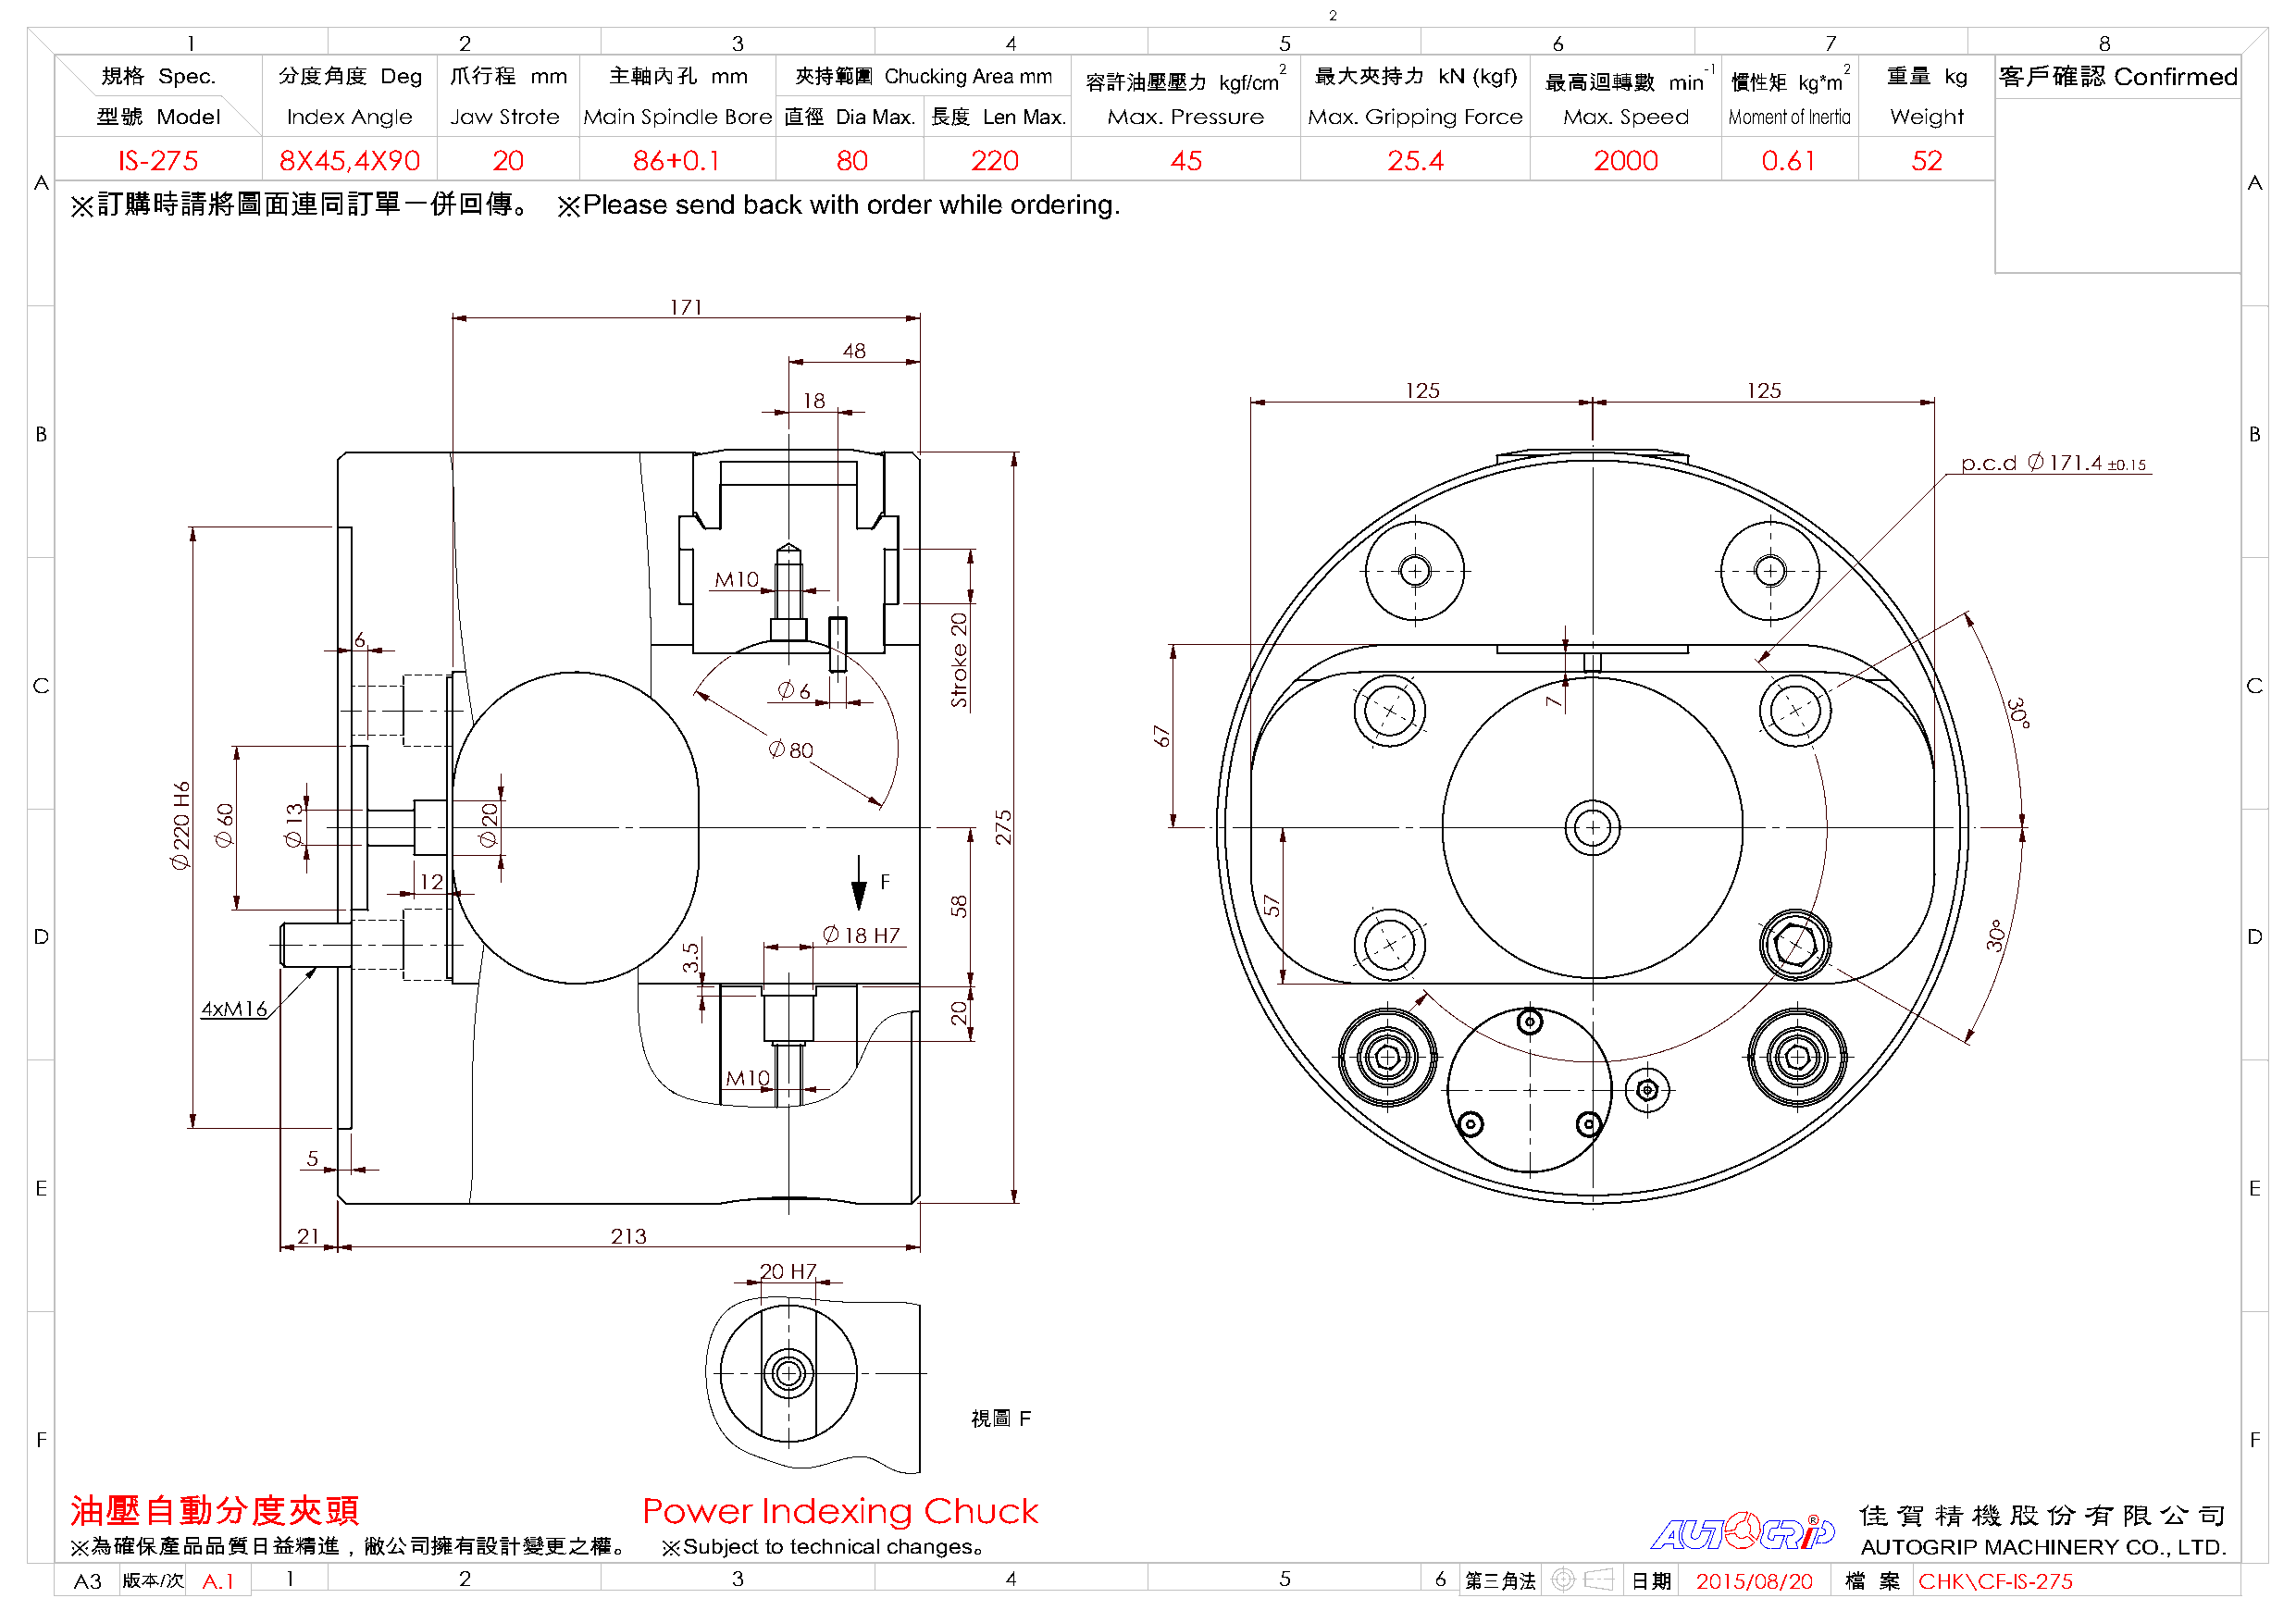
2
 1                   2                  3                   4                  5                   6                   7                  8
 規格  Spec.    分度角度   Deg  爪行程   mm   主軸內孔    mm    夾持範圍  Chucking Area mm            2  最大夾持力    kN (kgf)           -1        2  重量  kg  客戶確認    Confirmed
 容許油壓壓力   kgf/cm                 最高迴轉數    min  慣性矩  kg*m
 型號  Model    Index Angle Jaw Strote Main Spindle Bore 直徑 Dia Max. 長度 Len Max. Max. Pressure Max. Gripping Force Max. Speed Moment of Inertia Weight
 IS-275     8X45,4X90      20        86+0.1         80       220            45             25.4           2000        0.61       52
 A                                                                                                                                                              A
 ※訂購時請將圖面連同訂單一併回傳。                  ※Please send back with order while ordering.
 171
 48
 125                      125
 18
 B                                                                                                                                                              B
 p.c.d 171.4 ±0.15
 M10
 6
 C                                                      6                                                                                                       C
 3
 0
 °
 80
 12                               F
 °
 D                                                         18 H7                                                                             0                  D
 3
 4xM16
 M10
 5
 E                                                                                                                                                             E
 21                     213
 20 H7
 視圖  F
 F                                                                                                                                                             F
 油壓自動分度夾頭                                 Power    Indexing   Chuck                                                              佳  賀 精  機  股 份  有  限 公  司
 R
 ※為確保產品品質日益精進，敝公司擁有設計變更之權。                 ※Subject to technical changes。                                                        AUTOGRIP MACHINERY CO., LTD.
 A3  版本/次 A.1   1            2                  3                   4                  5           6 第三角法        日期  2015/08/20 檔 案  CHK\CF-IS-275
 6H
 022
 06   31            02
 5.3
 02
 ekortS
 85
 02
 572
 76
 75
 7